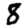
Digit: 8